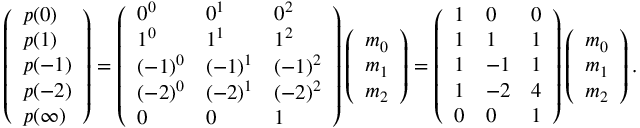
\left( { \begin{array} { l } { p ( 0 ) } \\ { p ( 1 ) } \\ { p ( - 1 ) } \\ { p ( - 2 ) } \\ { p ( \infty ) } \end{array} } \right) = \left( { \begin{array} { l l l } { 0 ^ { 0 } } & { 0 ^ { 1 } } & { 0 ^ { 2 } } \\ { 1 ^ { 0 } } & { 1 ^ { 1 } } & { 1 ^ { 2 } } \\ { ( - 1 ) ^ { 0 } } & { ( - 1 ) ^ { 1 } } & { ( - 1 ) ^ { 2 } } \\ { ( - 2 ) ^ { 0 } } & { ( - 2 ) ^ { 1 } } & { ( - 2 ) ^ { 2 } } \\ { 0 } & { 0 } & { 1 } \end{array} } \right) \left( { \begin{array} { l } { m _ { 0 } } \\ { m _ { 1 } } \\ { m _ { 2 } } \end{array} } \right) = \left( { \begin{array} { l l l } { 1 } & { 0 } & { 0 } \\ { 1 } & { 1 } & { 1 } \\ { 1 } & { - 1 } & { 1 } \\ { 1 } & { - 2 } & { 4 } \\ { 0 } & { 0 } & { 1 } \end{array} } \right) \left( { \begin{array} { l } { m _ { 0 } } \\ { m _ { 1 } } \\ { m _ { 2 } } \end{array} } \right) .